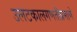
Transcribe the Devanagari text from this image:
उलटकालगणतीप्रमाणे